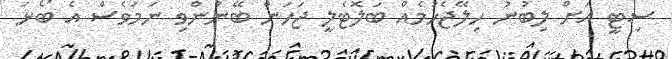
ސިޓީ އަށް ލިބުނު ހިލޭޖެހުމެއް ބަލޮޓެލީ ޖަހަން ބޭނުންވި ނަމަވެސް އެ ބޯޅަ